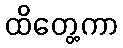
ထိတွေ့ကာ